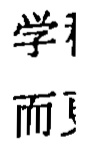
学 而